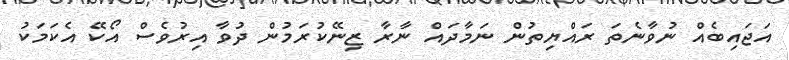
އަޖައިބެއް ނުވާނެތަ ރައްޔިތުން ނަމާދައް ނާރާ ޒިނޭކުރަމުން ދުވާ އިރުވެސް އޯކޭ އެކަމަކު